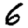
Digit: 6